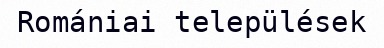
Romániai települések